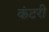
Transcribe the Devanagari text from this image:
कंटरी